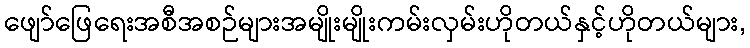
ဖျော်ဖြေရေးအစီအစဉ်များအမျိုးမျိုးကမ်းလှမ်းဟိုတယ်နှင့်ဟိုတယ်များ,